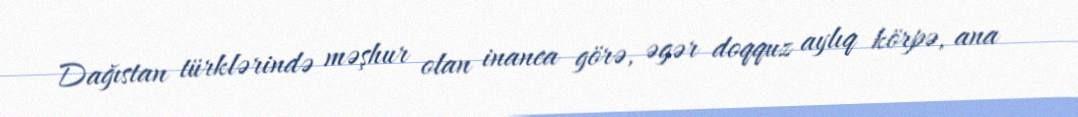
Dağıstan türklərində məşhur olan inanca görə, əgər doqquz aylıq körpə, ana